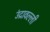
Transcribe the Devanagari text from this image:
उंद्रावल्ली